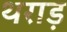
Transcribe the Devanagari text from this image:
थराड़